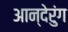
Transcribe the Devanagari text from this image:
आन्देरुंग